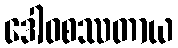
ဒေါဝစဿတာယ